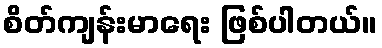
စိတ်ကျန်းမာရေး ဖြစ်ပါတယ်။